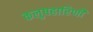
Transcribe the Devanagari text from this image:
कलुषहारिणी